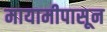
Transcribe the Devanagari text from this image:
मायामीपासून